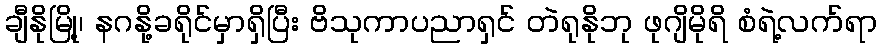
ချီနိုမြို့၊ နဂနို့ခရိုင်မှာရှိပြီး ဗိသုကာပညာရှင် တဲရုနိုဘု ဖုဂျိမိုရိ စံရဲ့လက်ရာ